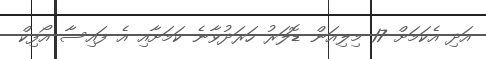
އަދި އެކަމަށް 17 މިލިއަން ޑޮލަރު ހަރަދުވާނެ ކަމަށާއި އެ ފައިސާ އޯފިކް